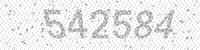
Solution: 542584